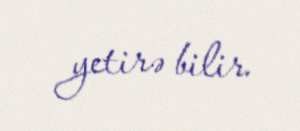
yetirə bilir.